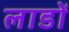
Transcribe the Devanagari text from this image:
लाडों